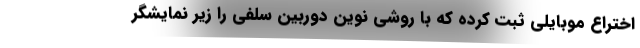
اختراع موبایلی ثبت کرده که با روشی نوین دوربین سلفی را زیر نمایشگر